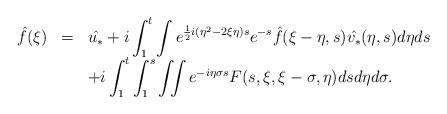
LaTeX: \begin{align*}\begin{array}{lllll}\hat{f}(\xi)&=&\displaystyle \hat{u_*}+i\int_1^t\int e^{\frac 12i(\eta^2-2\xi\eta)s} e^{-s}{\hat{f}(\xi-\eta,s)\hat{v_*}(\eta,s)}d\eta ds\\&&\displaystyle +i\int_1^t\int_1^s\iint e^{-i\eta\sigma s}F(s,\xi,\xi-\sigma,\eta)dsd\eta d\sigma.\end{array}\end{align*}